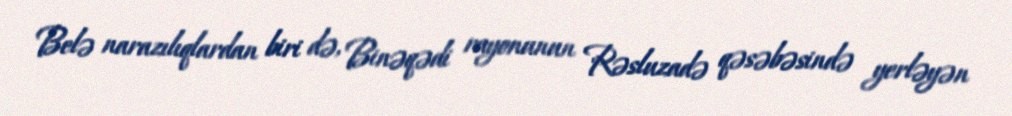
Belə narazılıqlardan biri də, Binəqədi rayonunun Rəsluzadə qəsəbəsində yerləyən